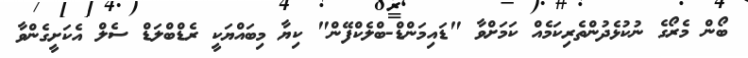
ބޯން މެރޯގެ ނުކުޅެދުންތެރިކަމެއް ކަމަށްވާ "ޑައިމަންޑް-ބްލެކްފޭން" ކިޔާ މިބައްޔަކީ ރެޑްބްލަޑް ސެލް އެކަށީގެންވާ